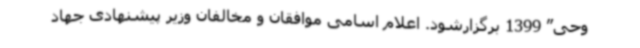
وحی” 1399 برگزارشود. اعلام اسامی موافقان و مخالفان وزیر پیشنهادی جهاد